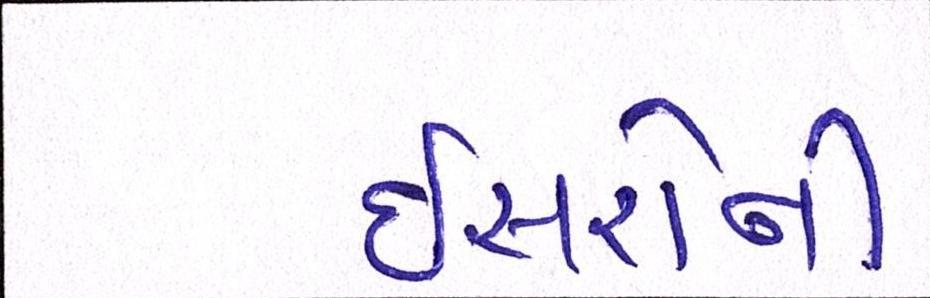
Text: ઇસરોની